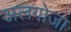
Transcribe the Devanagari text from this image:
अलगोजा